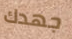
جهدك